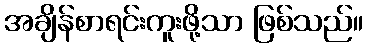
အချိန်စာရင်းကူးဖို့သာ ဖြစ်သည်။